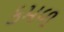
કમળ